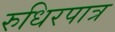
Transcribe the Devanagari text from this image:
रुधिरपात्र